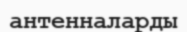
антенналарды